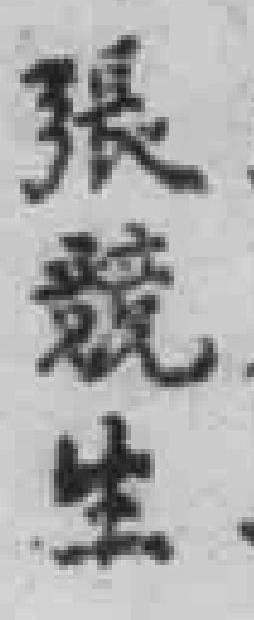
張競生